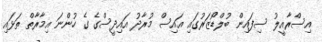
އިސްރާއީލު ސިފައިން ބުލްޑޯޒަރުގައި އައިސް މުރާދު އައިދީސްގެ ގެ ހުންނަ އިމާރާތް ތަޅައި